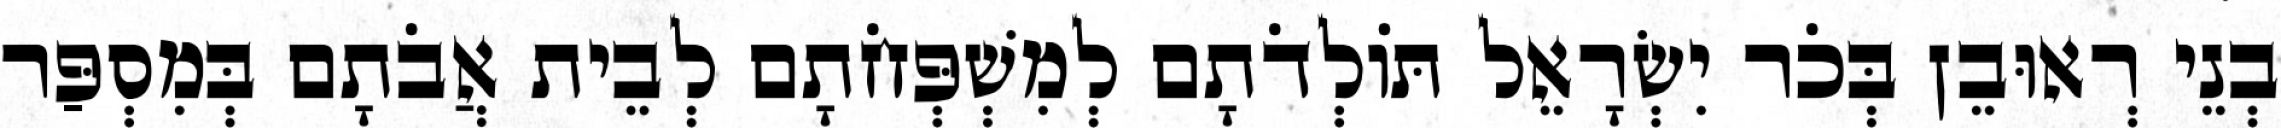
בְנֵי רְאוּבֵן בְּכֹר יִשְׂרָאֵל תּוֹלְדֹתָם לְמִשְׁפְּחֹתָם לְבֵית אֲבֹתָם בְּמִסְפַּר